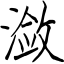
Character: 潋